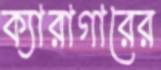
ক্যারাগারের